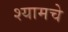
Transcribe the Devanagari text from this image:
श्यामचे